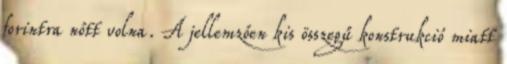
forintra nőtt volna. A jellemzően kis összegű konstrukció miatt